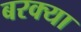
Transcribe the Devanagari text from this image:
बरक्या